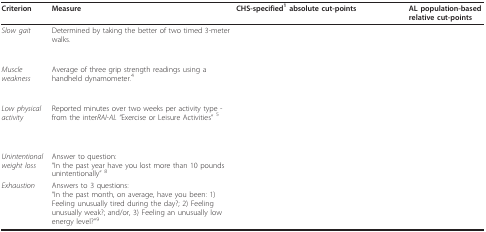
<table><thead><tr><td><b>Criterion</b></td><td><b>Measure</b></td><td><b>CHS-specified<sup>1 </sup>absolute cut-points</b></td><td><b>AL population-based relative cut-points</b></td></tr></thead><tbody><tr><td><i>Slow gait</i></td><td>Determined by taking the better of two timed 3-meter walks.</td><td>[EMPTY_CELL]</td><td>[EMPTY_CELL]</td></tr><tr><td><i>Muscle weakness</i></td><td>Average of three grip strength readings using a handheld dynamometer.<sup>4</sup></td><td>[EMPTY_CELL]</td><td>[EMPTY_CELL]</td></tr><tr><td><i>Low physical activity</i></td><td>Reported minutes over two weeks per activity type - from the inter<i>RAI-AL "</i>Exercise or Leisure Activities" <sup>5</sup></td><td>[EMPTY_CELL]</td><td>[EMPTY_CELL]</td></tr><tr><td><i>Unintentional weight loss</i></td><td>Answer to question:"In the past year have you lost more than 10 pounds unintentionally" <sup>8</sup></td><td>[EMPTY_CELL]</td><td>[EMPTY_CELL]</td></tr><tr><td><i>Exhaustion</i></td><td>Answers to 3 questions:"In the past month, on average, have you been: 1) Feeling unusually tired during the day?; 2) Feeling unusually weak?; and/or, 3) Feeling an unusually low energy level?"<sup>9</sup></td><td>[EMPTY_CELL]</td><td>[EMPTY_CELL]</td></tr></tbody></table>